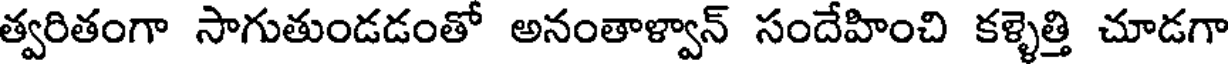
త్వరితంగా సాగుతుండడంతో అనంతాళ్వాన్ సందేహించి కళ్ళెత్తి చూడగా